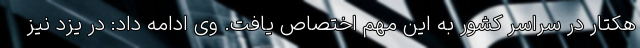
هکتار در سراسر کشور به این مهم اختصاص یافت. وی ادامه داد: در یزد نیز